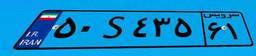
۵۰S۴۳۵۶۱